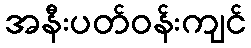
အနီးပတ်ဝန်းကျင်